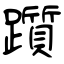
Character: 躓